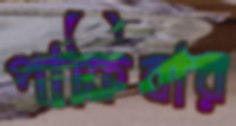
পাকিবার